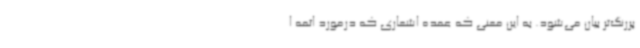
پررنگ‌تر بیان می‌شود. به این معنی که عمده اشعاری که درمورد ائمه ا